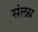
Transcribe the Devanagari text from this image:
संलग्र